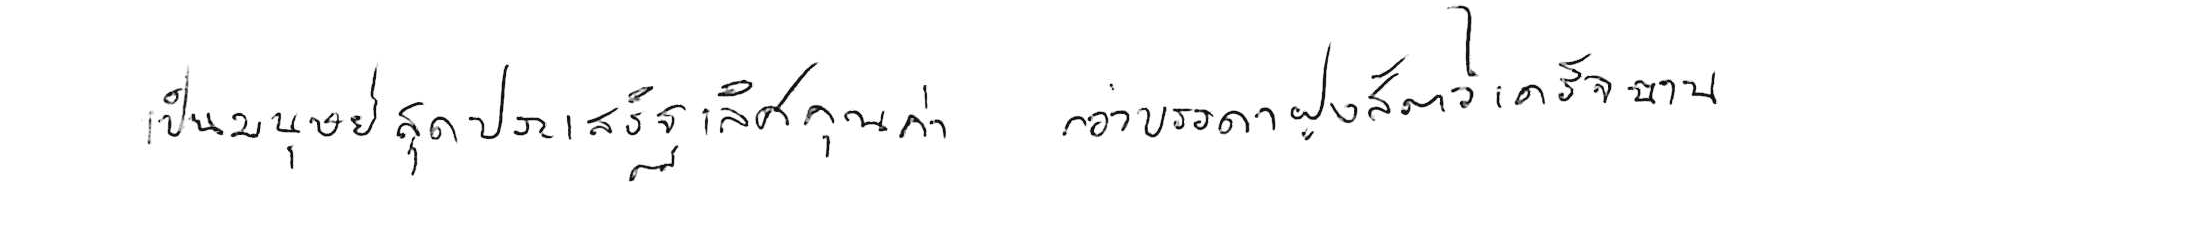
เป็นมนุษย์สุดประเสริฐเลิศคุณค่า กว่าบรรดาฝูงสัตว์เดรัจฉาน